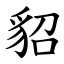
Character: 貂